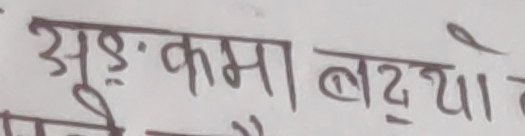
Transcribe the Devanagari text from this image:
अङ्कमा बढ्यो